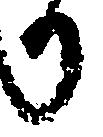
か